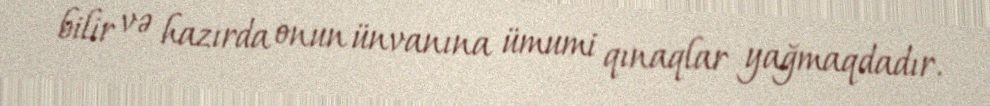
bilir və hazırda onun ünvanına ümumi qınaqlar yağmaqdadır.